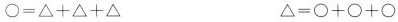
$$\bigcirc = \bigtriangleup + \bigtriangleup + \bigtriangleup$$ $$\bigtriangleup = \bigcirc + \bigcirc + \bigcirc$$